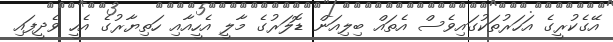
އޭގެކުރީގެ އަހަރުތަކުގައިވެސް އެތައް ބިލިއަން ޑޮލަރުގެ މާލީ އެހީއާއި ހަތިޔާރުގެ އެހީ ވެދީފައި